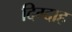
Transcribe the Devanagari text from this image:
दिग्दाह